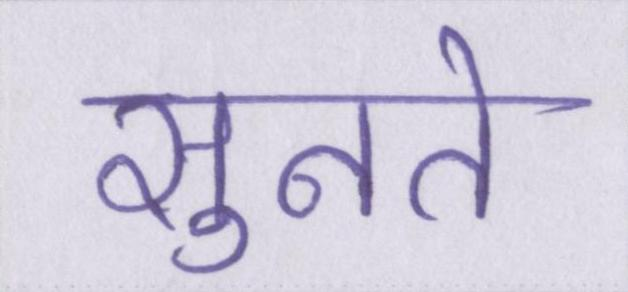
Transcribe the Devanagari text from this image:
सुनते